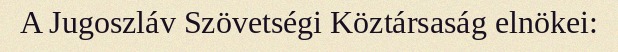
A Jugoszláv Szövetségi Köztársaság elnökei: